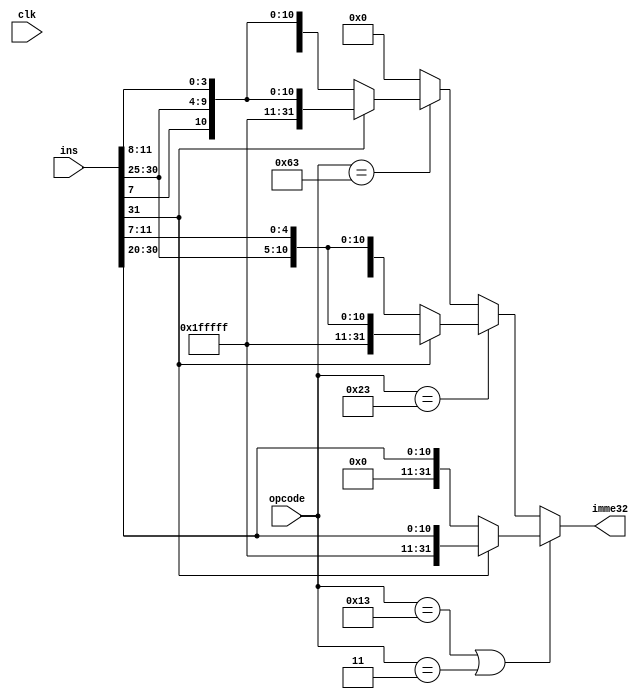
module imme_generator(
 input clk,
 input [6:0] opcode,
 input [31:0] ins,
 output reg [31:0] imme32
);

reg [11:0] immeI;
reg [11:0] immeB;
reg [11:0] immeS;

parameter I_Type = 7'b0010011;
parameter Lw = 7'b0000011;
parameter Sw = 7'b0100011;
parameter B_Type = 7'b1100011;

			
always @(*) begin
	immeI = ins[31:20];
	immeB = {ins[31],ins[7],ins[30:25],ins[11:8]};
	immeS = {ins[31:25],ins[11:7]};
	imme32 = 32'h00000000;
	if (opcode == I_Type | opcode == Lw) begin
		if (immeI[11] == 1'b0) begin
			imme32 = {20'b0, immeI};
		end
		else begin
			imme32 = {20'hFFFFF, immeI};
		end
	end
	else if (opcode == Sw) begin
		if (immeS[11] == 1'b0) begin
			imme32 = {20'b0, immeS};
		end
		else begin
			imme32 = {20'hFFFFF, immeS};
			end
		end
	else if (opcode == B_Type) begin
		if (immeB[11] == 1'b0) begin
			imme32 = {20'b0, immeB};
		end
		else begin
			imme32 = {20'hFFFFF, immeB};
		end
	end
end
endmodule